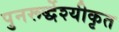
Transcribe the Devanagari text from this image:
पुनरूर्द्धेश्यीकृत